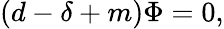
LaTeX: \left(d-\delta+m\right)\Phi=0,